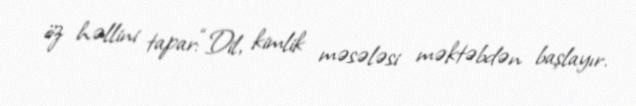
öz həllini tapar:“Dil, kimlik məsələsi məktəbdən başlayır.